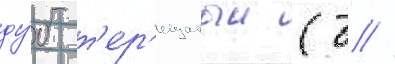
ду́б т'ер'ещатыи (д //